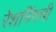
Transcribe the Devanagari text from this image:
रेशनिंगची